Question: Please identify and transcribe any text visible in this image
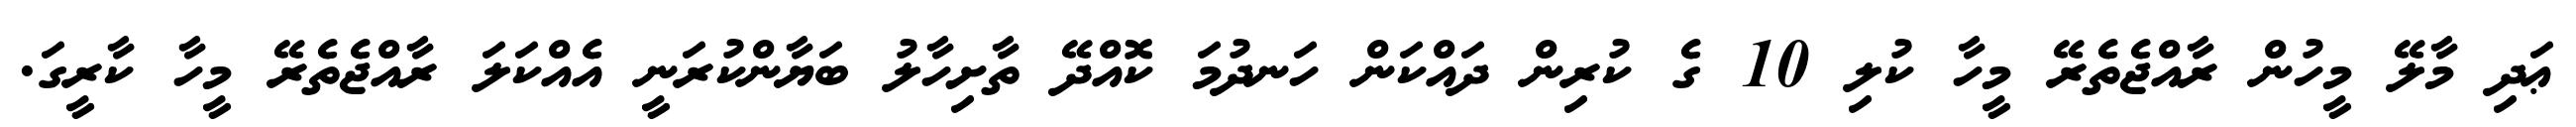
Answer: ޢަދި މާލޭ މީހުން ރާއްޖެތެރޭ މީހާ ކުލި 10 ގެ ކުރިން ދައްކަން ހަނދުމަ ކޮއްދޭ ތާށިހާލު ބަޔާންކުރަނީ އެއްކަލަ ރާއްޖެތެރޭ މީހާ ކާރީގަ.